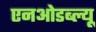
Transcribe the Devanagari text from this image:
एनओडब्ल्यू